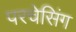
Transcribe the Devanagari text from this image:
परचेसिंग